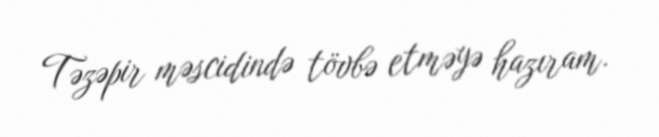
Təzəpir məscidində tövbə etməyə hazıram.